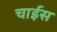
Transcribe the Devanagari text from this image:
चाईस